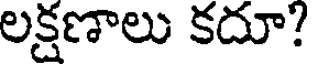
లక్షణాలు కదూ?